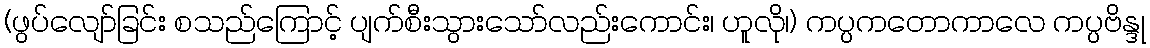
(ဖွပ်လျော်ခြင်း စသည်ကြောင့် ပျက်စီးသွားသော်လည်းကောင်း၊ ဟူလို၊) ကပ္ပကတောကာလေ ကပ္ပဗိန္ဒု